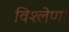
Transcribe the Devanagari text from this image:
विश्लेण।